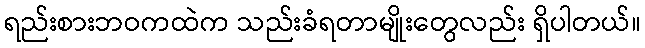
ရည်းစားဘဝကထဲက သည်းခံရတာမျိုးတွေလည်း ရှိပါတယ်။